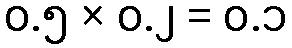
၀.၅ × ၀.၂ = ၀.၁